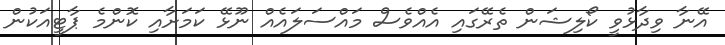
އޭނާ ވިދާޅުވީ ކޯލިޝަން ތެރޭގައި އެއްވެސް މައްސަލައެއް ނޫޅޭ ކަމަށާއި ކޮންމެ ޕާޓީއަކުން